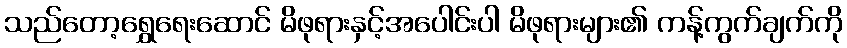
သည်တော့ရွှေရေးဆောင် မိဖုရားနှင့်အပေါင်းပါ မိဖုရားများ၏ ကန့်ကွက်ချက်ကို